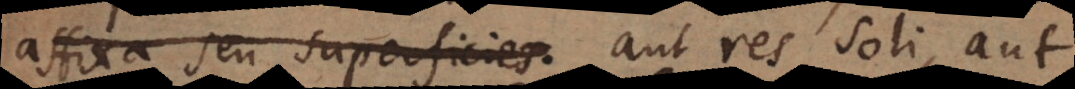
affixa seu superficies. aut res soli, aut